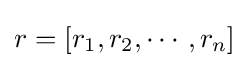
r=[r_{1},r_{2},\cdots ,r_{n}]